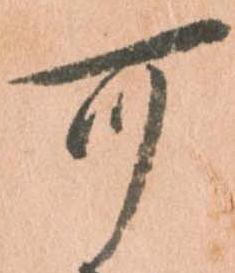
可